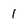
Character: 1